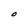
Character: O